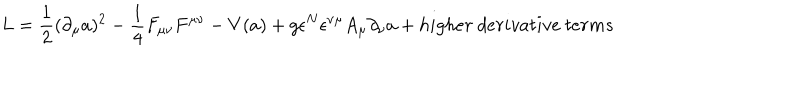
L = { \frac { 1 } { 2 } } ( \partial _ { \mu } a ) ^ { 2 } - { \frac { 1 } { 4 } } F _ { \mu \nu } F ^ { \mu \nu } - V ( a ) + g { \epsilon ^ { N } } \epsilon ^ { \nu \mu } A _ { \mu } \partial _ { \nu } a + h i g h e r ~ d e r i v a t i v e ~ t e r m s